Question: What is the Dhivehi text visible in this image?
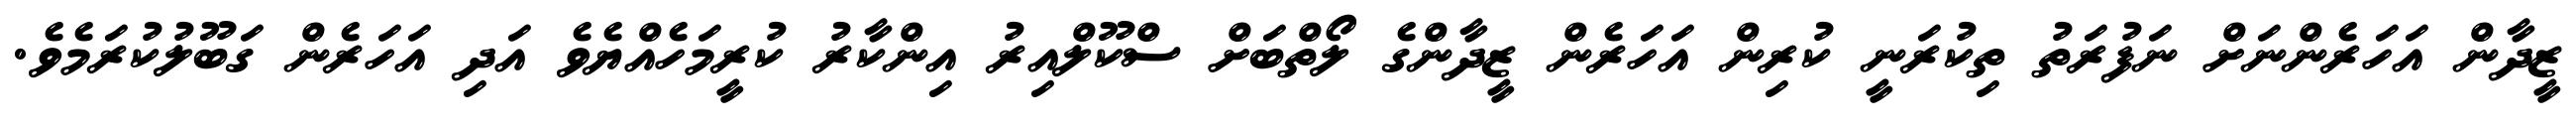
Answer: ޒީދާން އަހަރެންނަށް ނަފުރަތު ތިކުރަނީ ކުރިން އަހަރެން ޒީދާންގެ ލޯތްބަށް ސްކޫލްއިރު އިންކާރު ކުރީމަހެއްޔެވެ އަދި އަހަރެން ގަބޫލުކުރަމެވެ.